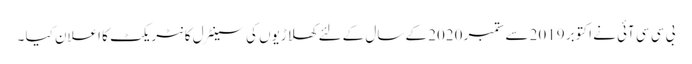
بی سی سی آئی نے اکتوبر 2019 سے ستمبر 2020 کے سال کےلئے کھلاڑیوں کی سینٹرل کانٹریکٹ کا اعلان کیا ۔